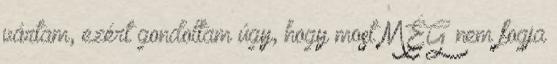
vártam, ezért gondoltam úgy, hogy most MÉG nem fogja